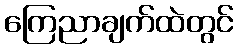
ကြေညာချက်ထဲတွင်